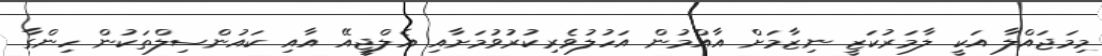
މިމަޖައްލާ އަކީ ލާމަރުކަޒީ ނިޒާމަށް އާއްމުން އަހުލުވެރިކުރުވުމަށާއި އެލްޖީއޭ އާއި ކައުންސިލްތަކުން ހިންގާ